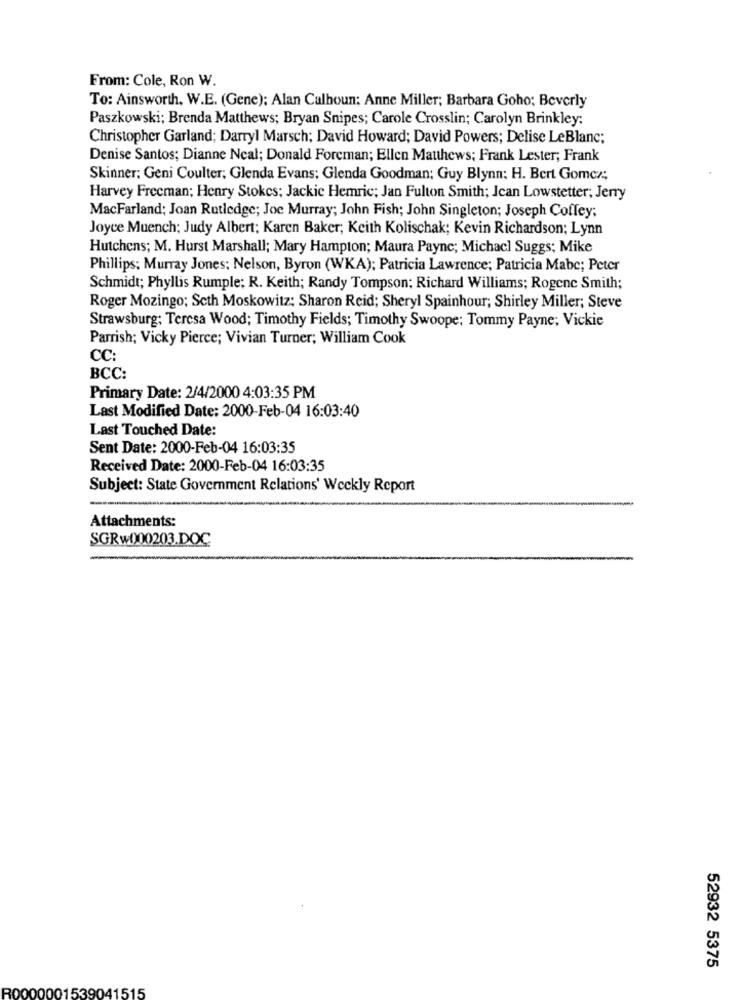
From: Cole, Ron W.
To: Ainsworth, W.E. (Gene); Alan Calhoun: Anne Miller; Barbara Goho; Beverly
Paszkowski; Brenda Matthews; Bryan Snipes; Carole Crosslin; Carolyn Brinkley;
Christopher Garland; Darryl Marsch; David Howard; David Powers; Delise LeBlanc;
Denise Santos; Dianne Ncal; Donald Forcman; Ellen Matthews; Frank Lester; Frank
Skinner; Geni Coulter; Glenda Evans; Glenda Goodman; Guy Blynn: H. Bert Gomez;
Harvey Freeman; Henry Stokes; Jackie Hemric; Jan Fulton Smith; Jcan Lowstetter; Jerry
MacFarland; Joan Rutledge; Joe Murray; John Fish; John Singleton; Joseph Coffey;
Joyce Muench; Judy Albert; Karen Baker; Keith Kolischak; Kevin Richardson; Lynn
Hutchens; M. Hurst Marshall; Mary Hampton; Maura Payne; Michacl Suggs; Mike
Phillips; Murray Jones; Nelson, Byron (WKA); Patricia Lawrence; Patricia Mabe; Peter
Schmidt; Phyllis Rumple; R. Keith; Randy Tompson; Richard Williams; Rogene Smith;
Roger Mozingo; Seth Moskowitz; Sharon Reid; Sheryl Spainhour; Shirley Miller; Steve
Strawsburg: Teresa Wood; Timothy Fields; Timothy Swoope; Tommy Payne; Vickie
Parrish; Vicky Pierce; Vivian Turner; William Cook
CC:
BCC:
Primary Date: 2/4/2000 4:03:35 PM
Last Modified Date: 2000-Feb-04 16:03:40
Last Touched Date:
Sent Date: 2000-Feb-04 16:03:35
Received Date: 2000-Feb-04 16:03:35
Subject: State Government Relations' Weekly Report
Attachments:
SGRw()00203.DOC
52932 5375
R0000001539041515